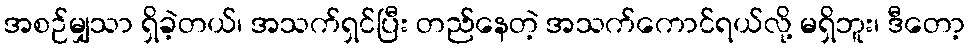
အစဉ်မျှသာ ရှိခဲ့တယ်၊ အသက်ရှင်ပြီး တည်နေတဲ့ အသက်ကောင်ရယ်လို့ မရှိဘူး၊ ဒီတော့